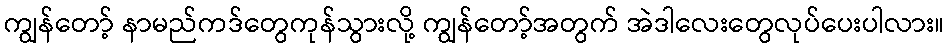
ကျွန်တော့် နာမည်ကဒ်တွေကုန်သွားလို့ ကျွန်တော့်အတွက် အဲဒါလေးတွေလုပ်ပေးပါလား။